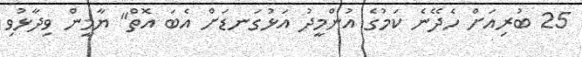
25 ބުރިއަށް ހެދޭނެ ކަމުގެ އުންމީދު އަޅުގަނޑަށް އެބަ އޮތް" ޔާމީން ވިދާޅުވި